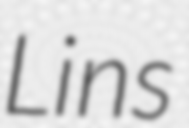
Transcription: Lins